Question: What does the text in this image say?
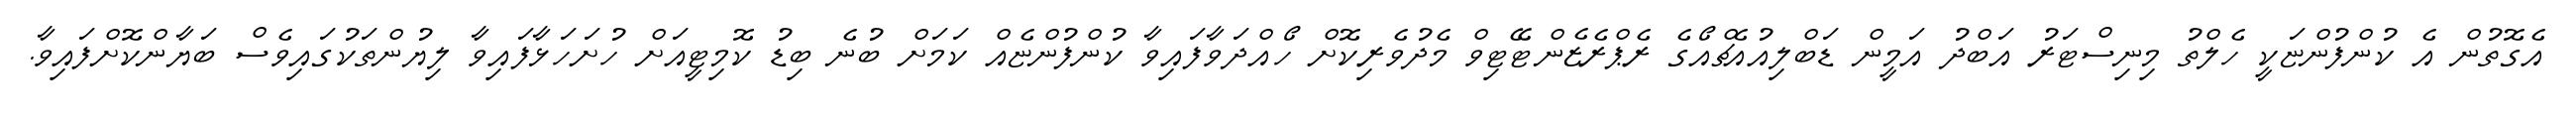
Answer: އެގޮތުން އެ ކުންފުންޏަކީ ހެލްތު މިނިސްޓަރު އަބްދު އަމީން ޑަބްލިއުއެޗްއޯގެ ރެޕްރެޒެންޓޭޓިވް މެދުވެރިކޮށް ހޯއްދަވާފައިވާ ކުންފުންޏެއް ކަމަށް ބުނެ ބިޑު ކޮމިޓީއަށް ހުށަހަޅާފައިވާ ލިޔުންތަކުގައިވެސް ބަޔާންކޮށްފައިވާ.